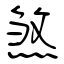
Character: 煞